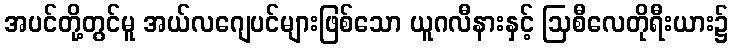
အပင်တို့တွင်မူ အယ်လဂျေပင်များဖြစ်သော ယူဂလီနားနှင့် ဩစီလေတိုရီးယား၌